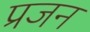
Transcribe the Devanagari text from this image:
प्रजन